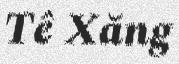
Tê Xăng